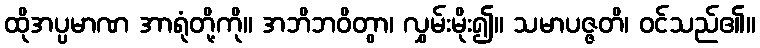
ထိုအပ္ပမာဏ အာရုံတို့ကို။ အဘိဘဝိတွာ၊ လွှမ်းမိုး၍။ သမာပဇ္ဇတိ၊ ဝင်သည်၏။